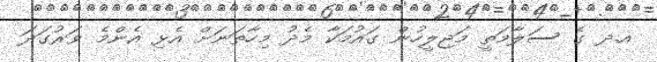
އ.ދ ގެ ސަލާމަތީ މަޖިލީހުން ގައުމަކާ މެދު މިހާތަނަށް އެޅި އެންމެ ވަރުގަދަ